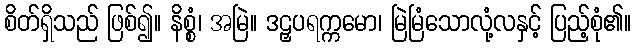
စိတ်ရှိသည် ဖြစ်၍။ နိစ္စံ၊ အမြဲ။ ဒဠှပရက္ကမော၊ မြဲမြံသောလုံ့လနှင့် ပြည့်စုံ၏။